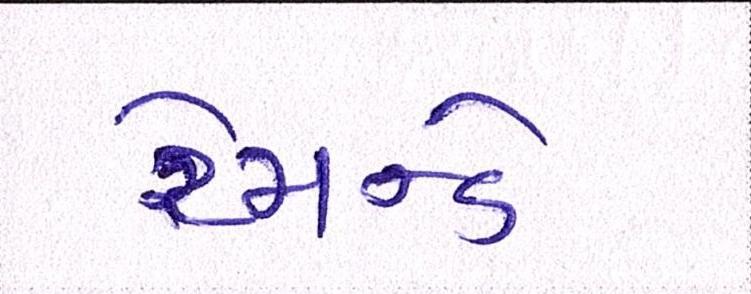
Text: રેમન્ડે